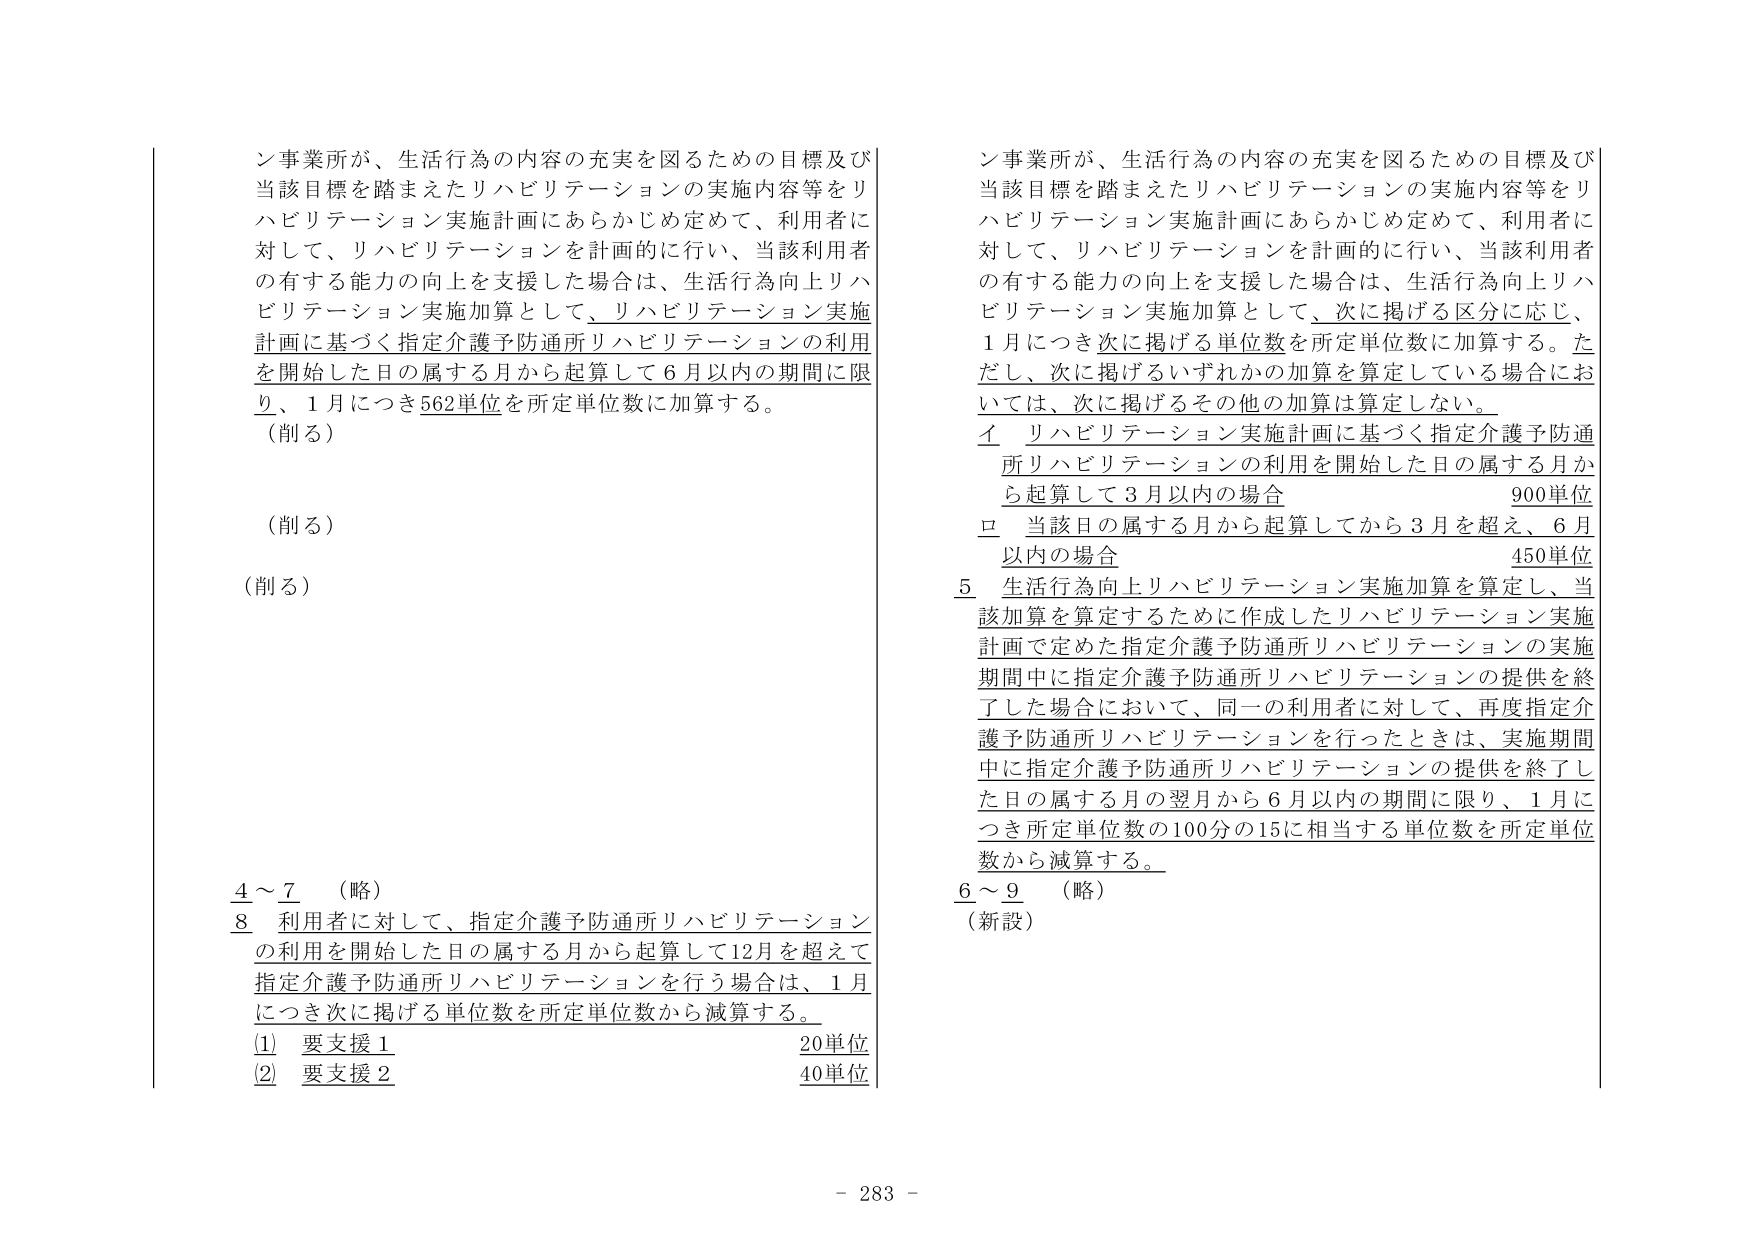
ン事業所が、生活行為の内容の充実を図るための目標及び当該目標を踏まえたリハビリテーションの実施内容等をリハビリテーション実施計画にあらかじめ定めて、利用者に対して、リハビリテーションを計画的に行い、当該利用者の有する能力の向上を支援した場合は、生活行為向上リハビリテーション実施加算として、リハビリテーション実施計画に基づく指定介護予防通所リハビリテーションの利用を開始した日の属する月から起算して６月以内の期間に限り、１月につき562単位を所定単位数に加算する。
（削る）

（削る）

（削る）

4～7 （略）
8 利用者に対して、指定介護予防通所リハビリテーションの利用を開始した日の属する月から起算して12月を超えて指定介護予防通所リハビリテーションを行う場合は、１月につき次に掲げる単位数を所定単位数から減算する。
① 要支援１ 20単位
② 要支援２ 40単位

ン事業所が、生活行為の内容の充実を図るための目標及び当該目標を踏まえたリハビリテーションの実施内容等をリハビリテーション実施計画にあらかじめ定めて、利用者に対して、リハビリテーションを計画的に行い、当該利用者の有する能力の向上を支援した場合は、生活行為向上リハビリテーション実施加算として、次に掲げる区分に応じ、１月につき次に掲げる単位数を所定単位数に加算する。ただし、次に掲げるいずれかの加算を算定している場合においては、次に掲げるその他の加算は算定しない。
イ リハビリテーション実施計画に基づく指定介護予防通所リハビリテーションの利用を開始した日の属する月から起算して３月以内の場合 900単位
ロ 当該日の属する月から起算してから３月を超え、６月以内の場合 450単位
5 生活行為向上リハビリテーション実施加算を算定し、当該加算を算定するために作成したリハビリテーション実施計画で定めた指定介護予防通所リハビリテーションの実施期間中に指定介護予防通所リハビリテーションの提供を終了した場合において、同一の利用者に対して、再度指定介護予防通所リハビリテーションを行ったときは、実施期間中に指定介護予防通所リハビリテーションの提供を終了した日の属する月の翌月から６月以内の期間に限り、１月につき所定単位数の100分の15に相当する単位数を所定単位数から減算する。
6～9 （略）
（新設）

- 283 -